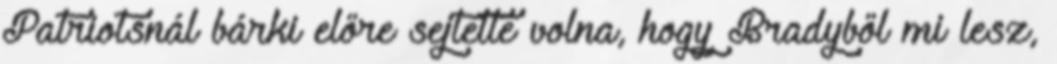
Patriotsnál bárki előre sejtette volna, hogy Bradyből mi lesz,